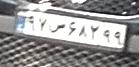
۹۷س۶۸۲۹۹